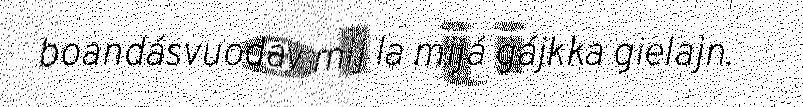
boandásvuodav mij la mijá gájkka gielajn.